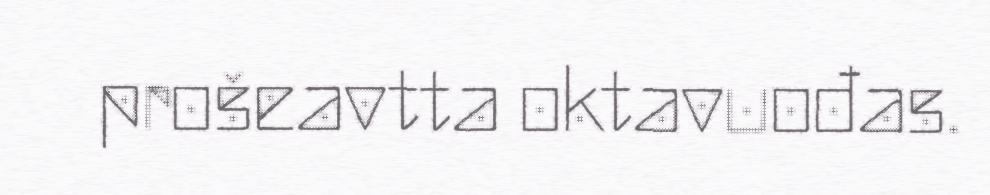
prošeavtta oktavuođas.